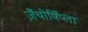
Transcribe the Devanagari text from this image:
ज़ैंथोपिंप्ला